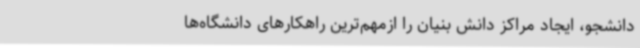
دانشجو، ایجاد مراکز دانش بنیان را ازمهم‌ترین راهکارهای دانشگاه‌ها